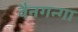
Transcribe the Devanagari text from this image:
वैनगन्गा